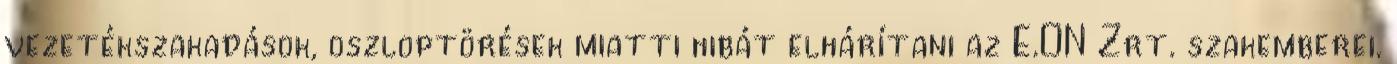
vezetékszakadások, oszloptörések miatti hibát elhárítani az E.ON Zrt. szakemberei.